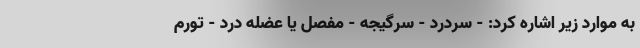
به موارد زیر اشاره کرد: - سردرد - سرگیجه - مفصل یا عضله درد - تورم